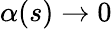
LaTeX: \alpha(s)\to 0